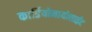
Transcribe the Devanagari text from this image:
कार्डियोमायोसाईट